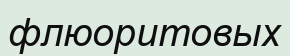
флюоритовых